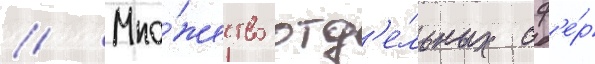
// Мно́жество отд'е́льных сф'е́р